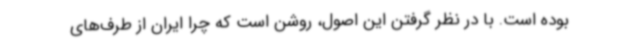
بوده است. با در نظر گرفتن این اصول، روشن است که چرا ایران از طرف‌های